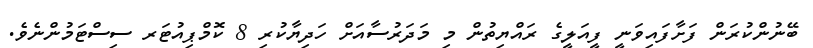
ބޭނުންކުރަން ފަށާފައިވަނީ ފީއަލީގެ ރައްޔިތުން މި މަދަރުސާއަށް ހަދިޔާކުރި 8 ކޮމްޕިއުޓަރ ސިސްޓަމުންނެވެ.